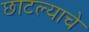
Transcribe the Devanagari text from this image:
छाटल्याचे